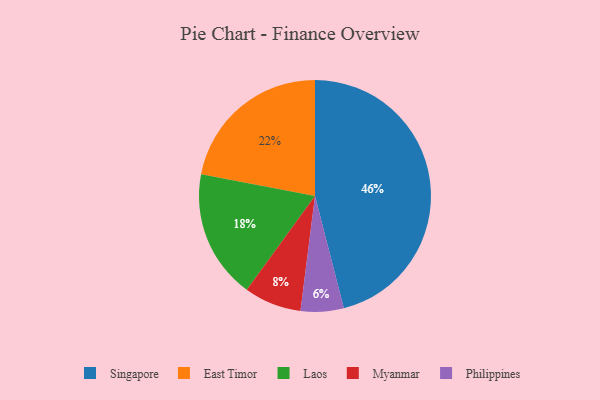
{"axis": {"x": "Category", "y": "Percentage"}, "legend": ["East Timor", "Laos", "Myanmar", "Philippines", "Singapore"], "data": [{"x": "East Timor", "y": 22, "type": "East Timor"}, {"x": "Myanmar", "y": 8, "type": "Myanmar"}, {"x": "Philippines", "y": 6, "type": "Philippines"}, {"x": "Singapore", "y": 46, "type": "Singapore"}, {"x": "Laos", "y": 18, "type": "Laos"}]}